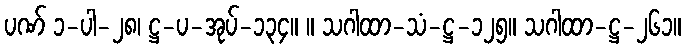
ပဏ် ၁-ပါ-၂၈၊ ဋ္ဌ-ပ-အုပ်-၁၃၄။ ။ သဂါထာ-သံ-ဋ္ဌ-၁၂၅။ သဂါထာ-ဋ္ဌ-၂၆၁။